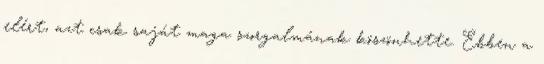
elért, azt csak saját maga szorgalmának köszönhette. Ebben a